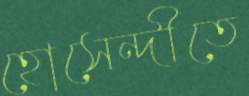
হোসেন্দীতে